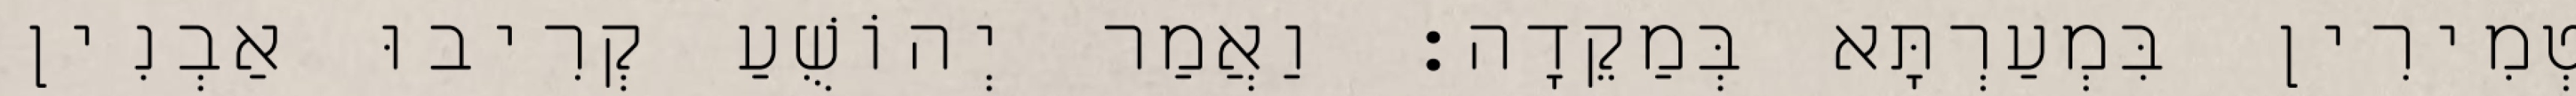
טְמִירִין בִּמְעַרְתָּא בְּמַקֵדָה׃ וַאֲמַר יְהוֹשֻׁעַ קְרִיבוּ אַבְנִין